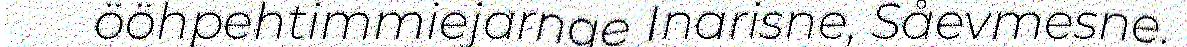
ööhpehtimmiejarnge Inarisne, Såevmesne.